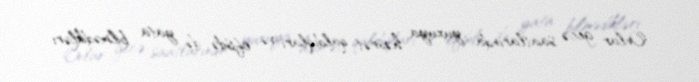
Onlar gecə saatlarında yuxuya həsrət qaldıqları və ofisdə də yata bilmədikləri